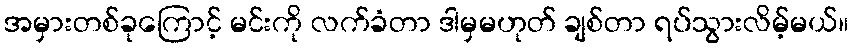
အမှားတစ်ခုကြောင့် မင်းကို လက်ခံတာ ဒါမှမဟုတ် ချစ်တာ ရပ်သွားလိမ့်မယ်။